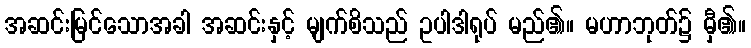
အဆင်းမြင်သောအခါ အဆင်းနှင့် မျက်စိသည် ဥပါဒါရုပ် မည်၏။ မဟာဘုတ်၌ မှီ၏။